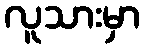
လူသားမှာ